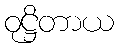
ဝုဋ္ဌိတာယ